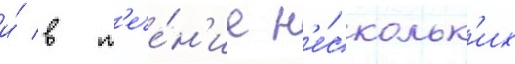
и́ в т'ече́н'ие н'е́скольк'их